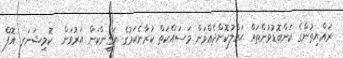
ރައްޔިތުންގެ ކަންބޮޑުވުންތައް ޙައްލުކޮށްދެއްވަން މަސައްކަތް ކުރާނެކަމުގެ ޔަޤީންކަން އަރުވަން  ކޮމިޝަނަރ އޮފް